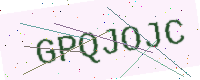
Text: GPQJOJC